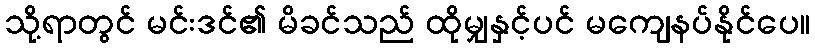
သို့ရာတွင် မင်းဒင်၏ မိခင်သည် ထိုမျှနှင့်ပင် မကျေနပ်နိုင်ပေ။